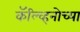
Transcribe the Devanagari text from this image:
कॅल्व्हिनोच्या